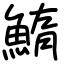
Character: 鰖